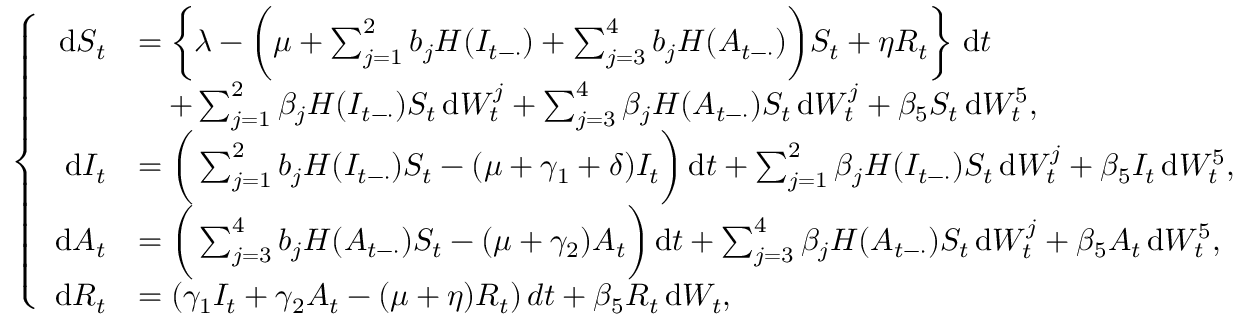
\left\{ \begin{array} { r l } { \mathrm { d } S _ { t } } & { = \left\{ \lambda - \bigg ( \mu + \sum _ { j = 1 } ^ { 2 } b _ { j } H ( I _ { t - \cdot } ) + \sum _ { j = 3 } ^ { 4 } b _ { j } H ( A _ { t - \cdot } ) \bigg ) S _ { t } + \eta R _ { t } \right\} \, \mathrm { d } t } \\ & { \quad + \sum _ { j = 1 } ^ { 2 } \beta _ { j } H ( I _ { t - \cdot } ) S _ { t } \, \mathrm { d } W _ { t } ^ { j } + \sum _ { j = 3 } ^ { 4 } \beta _ { j } H ( A _ { t - \cdot } ) S _ { t } \, \mathrm { d } W _ { t } ^ { j } + \beta _ { 5 } S _ { t } \, \mathrm { d } W _ { t } ^ { 5 } , } \\ { \mathrm { d } I _ { t } } & { = \bigg ( \sum _ { j = 1 } ^ { 2 } b _ { j } H ( I _ { t - \cdot } ) S _ { t } - ( \mu + \gamma _ { 1 } + \delta ) I _ { t } \bigg ) \, \mathrm { d } t + \sum _ { j = 1 } ^ { 2 } \beta _ { j } H ( I _ { t - \cdot } ) S _ { t } \, \mathrm { d } W _ { t } ^ { j } + \beta _ { 5 } I _ { t } \, \mathrm { d } W _ { t } ^ { 5 } , } \\ { \mathrm { d } A _ { t } } & { = \bigg ( \sum _ { j = 3 } ^ { 4 } b _ { j } H ( A _ { t - \cdot } ) S _ { t } - ( \mu + \gamma _ { 2 } ) A _ { t } \bigg ) \, \mathrm { d } t + \sum _ { j = 3 } ^ { 4 } \beta _ { j } H ( A _ { t - \cdot } ) S _ { t } \, \mathrm { d } W _ { t } ^ { j } + \beta _ { 5 } A _ { t } \, \mathrm { d } W _ { t } ^ { 5 } , } \\ { \mathrm { d } R _ { t } } & { = \left( \gamma _ { 1 } I _ { t } + \gamma _ { 2 } A _ { t } - ( \mu + \eta ) R _ { t } \right) d t + \beta _ { 5 } R _ { t } \, \mathrm { d } W _ { t } , } \end{array} \right.